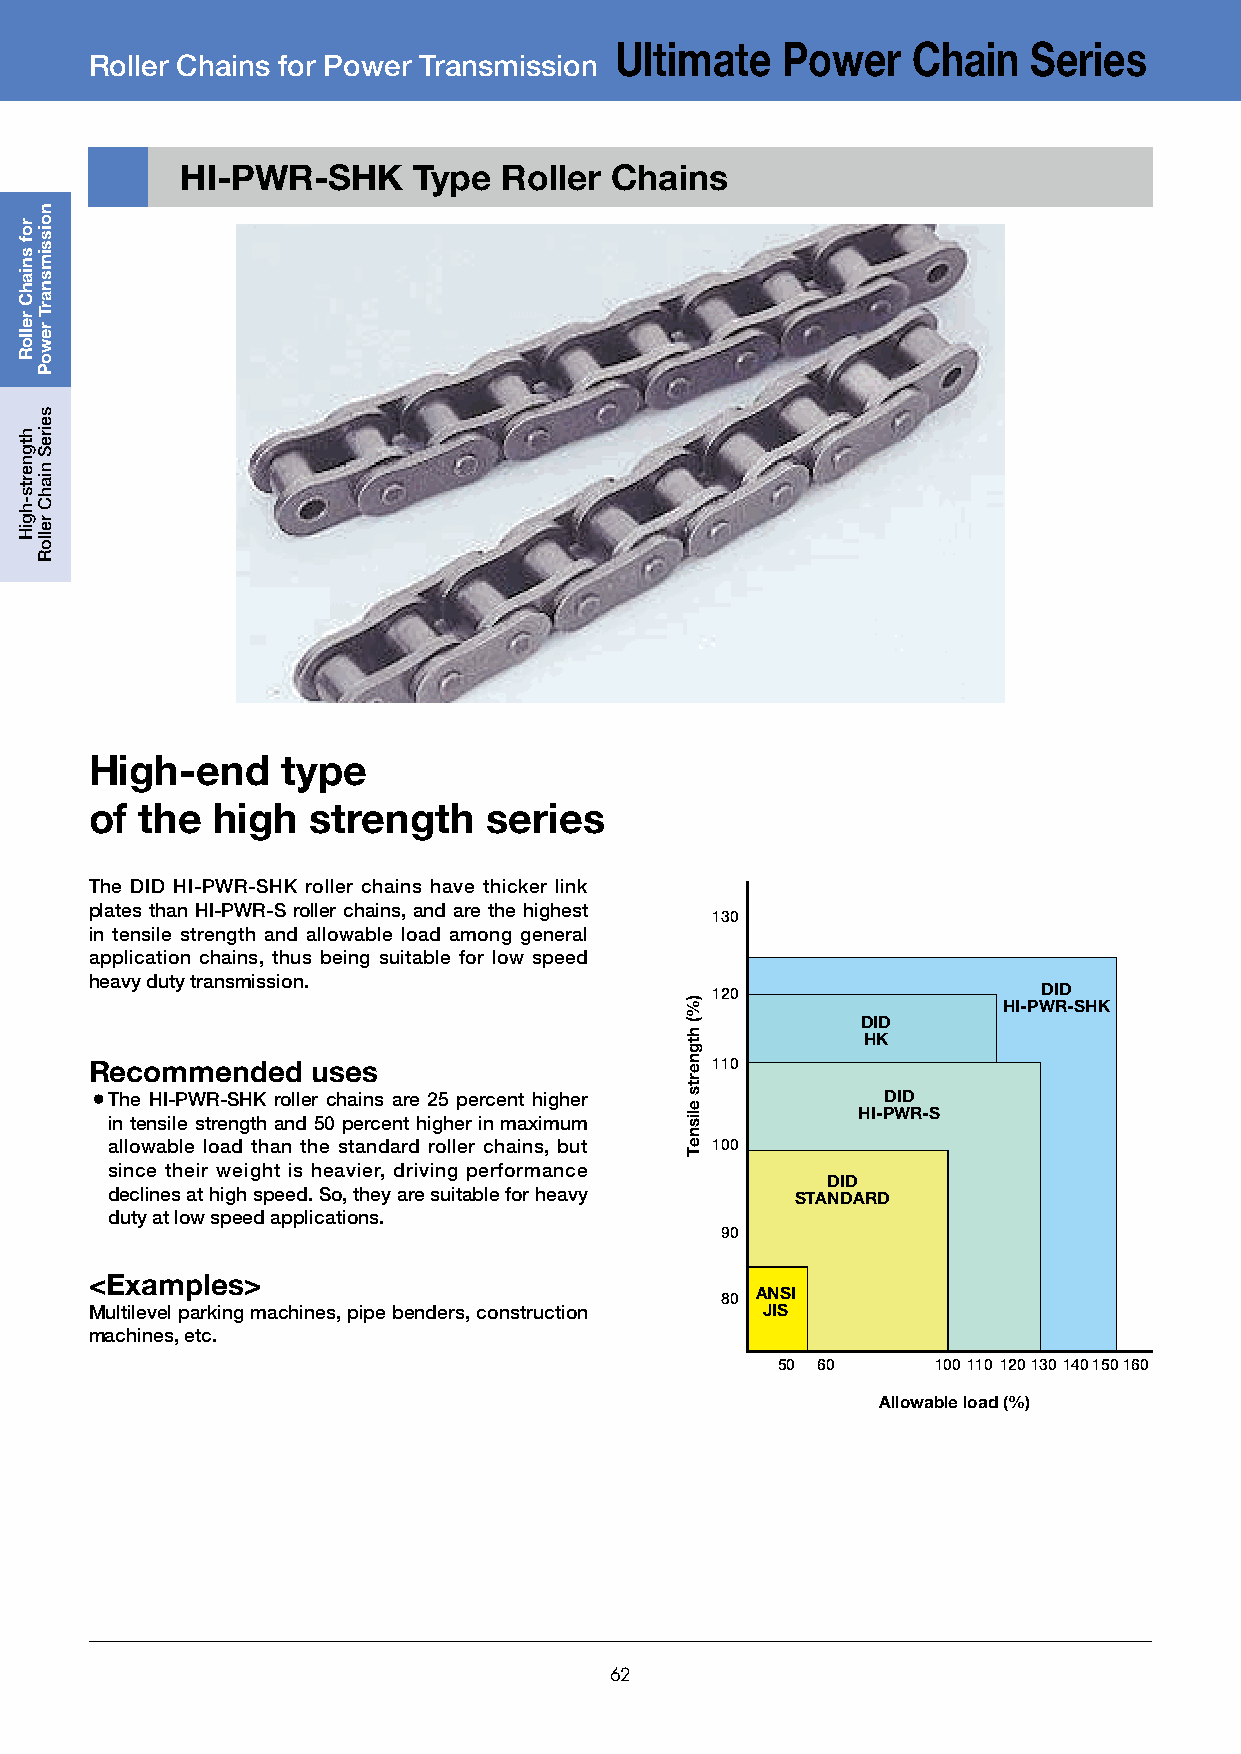
Ultimate   Power   Chain   Series
 Roller Chains for Power Transmission
 HI-PWR-SHK     Type  Roller Chains
 High-end     type
 of the  high   strength   series
 The DID HI-PWR-SHK roller chains have thicker link
 plates than HI-PWR-S roller chains, and are the highest
 130
 in tensile strength and allowable load among general
 application chains, thus being suitable for low speed
 heavy duty transmission.
 120                   DID
 HI-PWR-SHK
 DID
 HK
 Recommended    uses                      110
 ¡The HI-PWR-SHK roller chains are 25 percent higher DID
 HI-PWR-S
 in tensile strength and 50 percent higher in maximum
 allowable load than the standard roller chains, but 100
 since their weight is heavier, driving performance
 DID
 declines at high speed. So, they are suitable for heavy STANDARD
 duty at low speed applications.
 90
 <Examples>
 ANSI
 80
 Multilevel parking machines, pipe benders, construction JIS
 machines, etc.
 50 60      100110 120130140150160
 Allowable load (%)
 62
 rof
 sniahC
 relloR
 htgnerts-hgiH
 noissimsnarT
 rewoP
 seireS
 niahC
 relloR
 )%(
 htgnerts
 elisneT